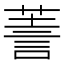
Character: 𧨅